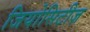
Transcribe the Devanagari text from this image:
जियोसिटीज़